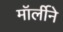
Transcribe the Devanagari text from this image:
मॉर्लीने